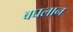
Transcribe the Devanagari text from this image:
बघलान